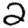
Digit: 2